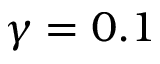
\gamma = 0 . 1